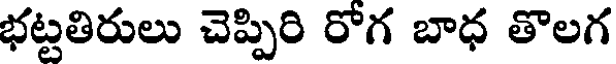
భట్టతిరులు చెప్పిరి రోగ బాధ తొలగ